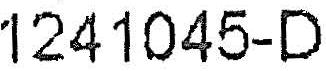
1241045-D